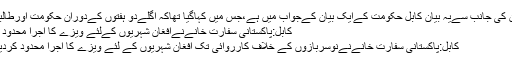
طالبان کی جانب سےیہ بیان کابل حکومت کےایک بیان کےجواب میں ہے،جس میں کہاگیا تھاکہ اگلےدو ہفتوں کےدوران حکومت اورطالبان…
کابل:پاکستانی سفارت خانےنےافغان شہریوں کےلئے ویزے کا اجرا محدود کردیا
کابل:پاکستانی سفارت خانےنےنوسربازوں کے خلاف کارروائی تک افغان شہریوں کے لئے ویزے کا اجرا محدود کردیا ہے۔